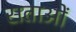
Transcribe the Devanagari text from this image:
सताओं